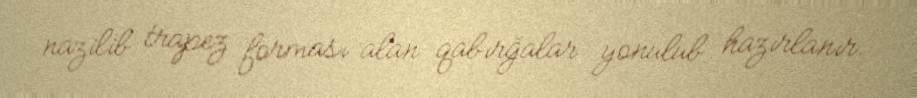
nazilib trapez forması alan qabırğalar yonulub hazırlanır.